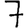
Digit: 7